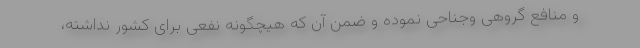
و منافع گروهی وجناحی نموده و ضمن آن که هیچگونه نفعی برای کشور نداشته،